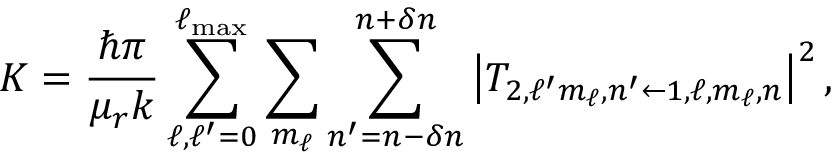
K = \frac { \hbar \pi } { \mu _ { r } k } \sum _ { \ell , \ell ^ { \prime } = 0 } ^ { \ell _ { \mathrm { m a x } } } \sum _ { m _ { \ell } } \sum _ { n ^ { \prime } = n - \delta n } ^ { n + \delta n } \left| T _ { 2 , \ell ^ { \prime } m _ { \ell } , n ^ { \prime } \leftarrow 1 , \ell , m _ { \ell } , n } \right| ^ { 2 } ,